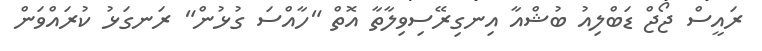
ރައީސް ޖޯޖް ޑަބްލިއު ބުޝްއާ އިނގިރޭސިވިލާތާ އޮތް "ހާއްސަ ގުޅުން" ރަނގަޅު ކުރައްވަން